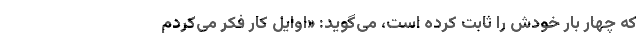
که چهار بار خودش را ثابت کرده است، می‌گوید: «اوایل کار فکر می‌کردم